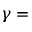
\gamma =